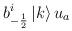
LaTeX: \begin{align*}b^i _{-\frac{1}{2}}\left| k\right> u_a\end{align*}